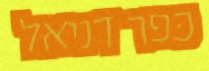
כפר דניאל